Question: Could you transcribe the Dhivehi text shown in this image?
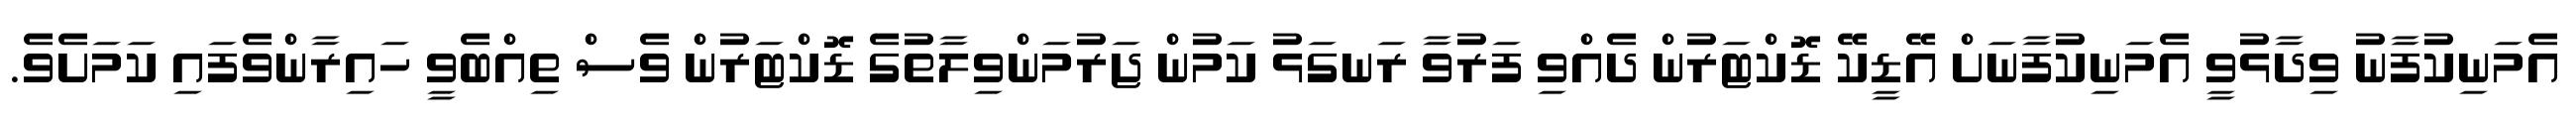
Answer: އެމަނިކުފާނު ވިދާޅުވީ އެމަނިކުފާނަށް އޭޑީކޭ ޑޮކްޓަރުން ދެއްވި ފަރުވާ ރަނގަޅު ކަމުން ޖަރުމަންވިލާތުގެ ޑޮކްޓަރުން ވެސް ތިއްބެވީ ހައިރާންވެފައި ކަމަށެވެ.